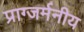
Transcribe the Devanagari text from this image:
प्राग्जर्मनीय